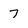
Character: 7